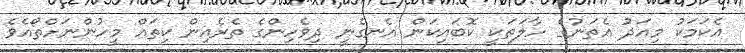
އެކަމަކު މިއަދު އެތަނުގެ ހާލަތަކީ ކޮބައިކަން އެނގެނީ ދިވެހިންގެ ތެރެއިން ކިތައް މީހުންނަށްތޯއެވެ